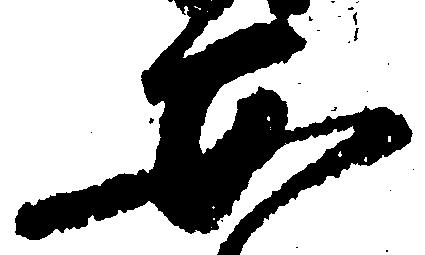
安